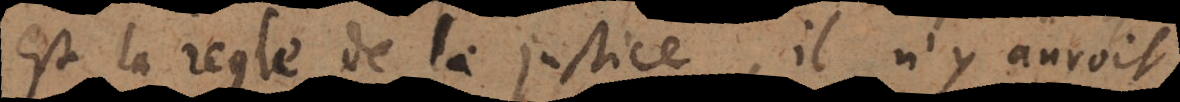
est la regle de la justice, il n’y auroit